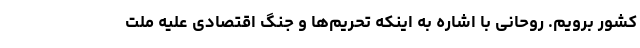
کشور برویم. روحانی با اشاره به اینکه تحریم‌ها و جنگ اقتصادی علیه ملت